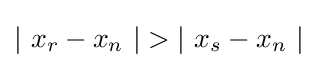
\left|\ x_{r}-x_{n}\ \right|>\left|\ x_{s}-x_{n}\ \right|